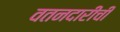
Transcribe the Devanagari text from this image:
वतनदारीची